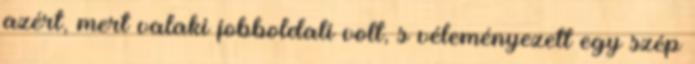
azért, mert valaki jobboldali volt, s véleményezett egy szép